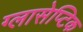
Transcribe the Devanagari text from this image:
ग्लासेप्टिक